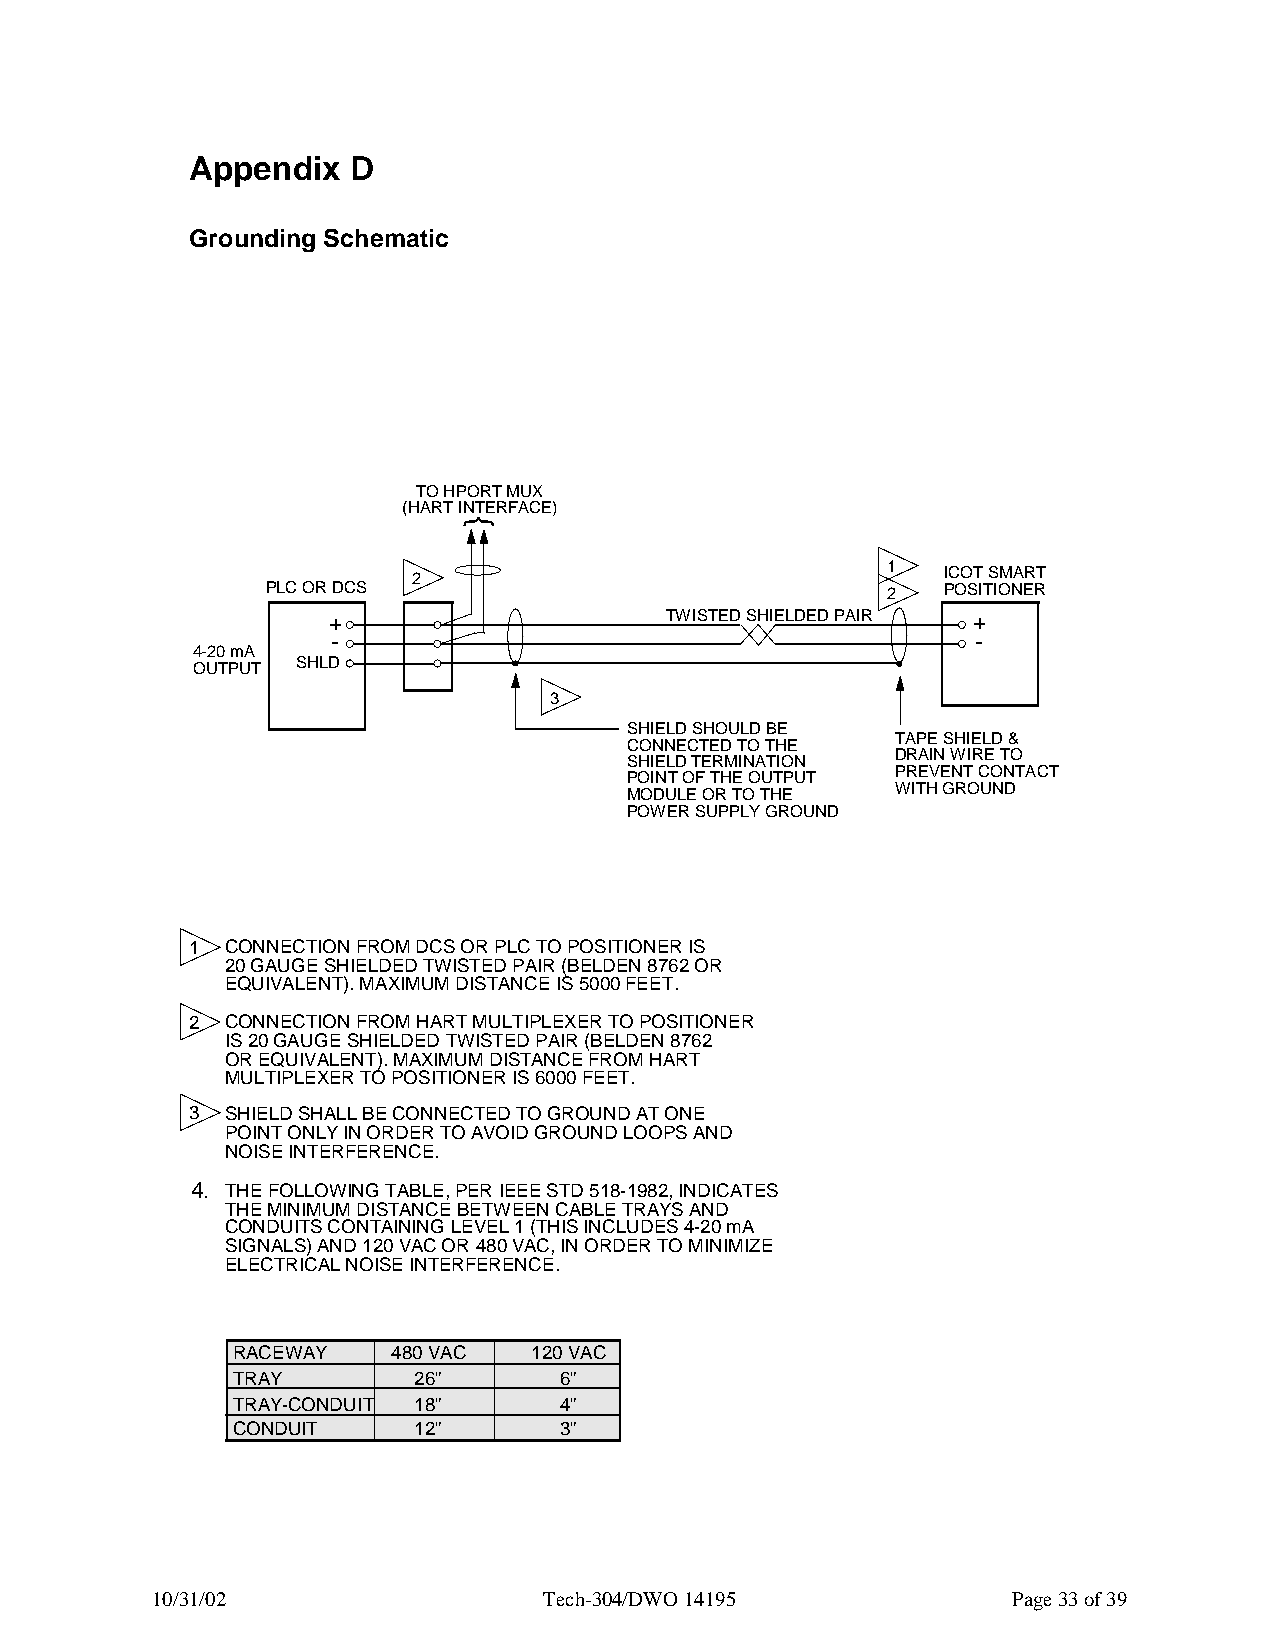
Appendix  D
 Grounding Schematic
 TO HPORT MUX
 (HART INTERFACE)
 2                               1  ICOT SMART
 PLC OR DCS                               2  POSITIONER
 +                     TWISTED SHIELDED PAIR +
 -                                          -
 4-20 mA
 OUTPUT SHLD
 3
 SHIELD SHOULD BE
 TAPE SHIELD &
 CONNECTED TO THE
 DRAIN WIRE TO
 SHIELD TERMINATION
 POINT OF THE OUTPUT PREVENT CONTACT
 WITH GROUND
 MODULE OR TO THE
 POWER SUPPLY GROUND
 1 CONNECTION FROM DCS OR PLC TO POSITIONER IS
 20 GAUGE SHIELDED TWISTED PAIR (BELDEN 8762 OR
 EQUIVALENT). MAXIMUM DISTANCE IS 5000 FEET.
 2 CONNECTION FROM HART MULTIPLEXER TO POSITIONER
 IS 20 GAUGE SHIELDED TWISTED PAIR (BELDEN 8762
 OR EQUIVALENT). MAXIMUM DISTANCE FROM HART
 MULTIPLEXER TO POSITIONER IS 6000 FEET.
 3 SHIELD SHALL BE CONNECTED TO GROUND AT ONE
 POINT ONLY IN ORDER TO AVOID GROUND LOOPS AND
 NOISE INTERFERENCE.
 4. THE FOLLOWING TABLE, PER IEEE STD 518-1982, INDICATES
 THE MINIMUM DISTANCE BETWEEN CABLE TRAYS AND
 CONDUITS CONTAINING LEVEL 1 (THIS INCLUDES 4-20 mA
 SIGNALS) AND 120 VAC OR 480 VAC, IN ORDER TO MINIMIZE
 ELECTRICAL NOISE INTERFERENCE.
 RACEWAY    480 VAC  120 VAC
 TRAY        26”       6”
 TRAY-CONDUIT 18”      4”
 CONDUIT     12”       3”
 10/31/02                  Tech-304/DWO 14195             Page 33 of 39
 {